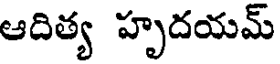
ఆదిత్య హృదయమ్